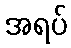
အရပ်